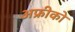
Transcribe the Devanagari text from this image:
अफ्रीको